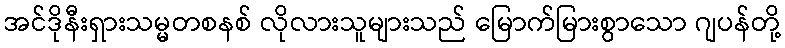
အင်ဒိုနီးရှားသမ္မတစနစ် လိုလားသူများသည် မြောက်မြားစွာသော ဂျပန်တို့